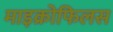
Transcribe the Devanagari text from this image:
माइक्रोफिलस